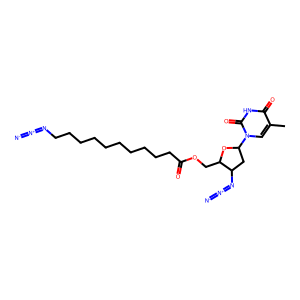
SMILES: Cc1cn(C2CC(N=[N+]=[N-])C(COC(=O)CCCCCCCCCCN=[N+]=[N-])O2)c(=O)[nH]c1=O
Inhibits HIV replication: Yes